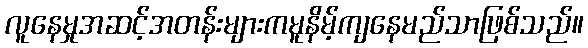
လူနေမှုအဆင့်အတန်းများကမူနိမ့်ကျနေမည်သာဖြစ်သည်။